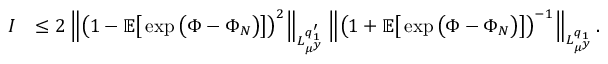
\begin{array} { r l } { I } & { \leq 2 \left\| \left( 1 - \mathbb { E } \big [ \exp \big ( \Phi - \Phi _ { N } \big ) \big ] \right) ^ { 2 } \right\| _ { L _ { \mu ^ { y } } ^ { q _ { 1 } ^ { \prime } } } \left\| \left( 1 + \mathbb { E } \big [ \exp \big ( \Phi - \Phi _ { N } \big ) \big ] \right) ^ { - 1 } \right\| _ { L _ { \mu ^ { y } } ^ { q _ { 1 } } } . } \end{array}